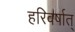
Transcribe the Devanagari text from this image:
हरिवर्षात्